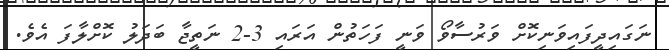
ނަގައިދީފައިވަނިކޮށް ވަރުސާވޯ ވަނީ ފަހަތުން އަރައި 3-2 ނަތީޖާ ބަދަލު ކޮށްލާފަ އެވެ.